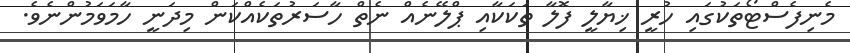
މެނިފެސްޓޯތަކުގައި ހުރީ ޚިޔާލީ ފޮލާ ތަކަކާއި ޕްލޭނެއް ނެތް ހާސަރުތަކެއްކަން މިދަނީ ހާމަވަމުންނެވެ.